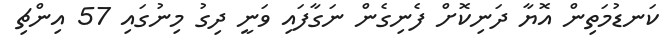
ކަނޑުމަތިން އޮޔާ ދަނިކޮށް ފެނިގެން ނަގާފައި ވަނީ ދިގު މިނުގައި 57 އިންޗި